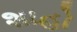
શાહો